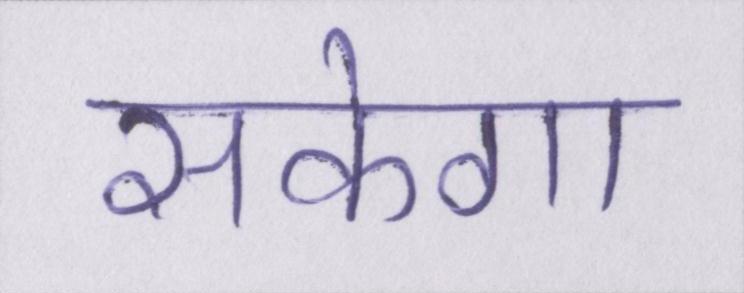
सकेगा